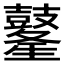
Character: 𪔢